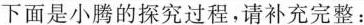
下面是小腾的探究过程，请补充完整：